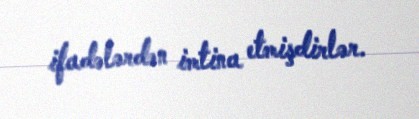
ifadələrdən imtina etmişdirlər.